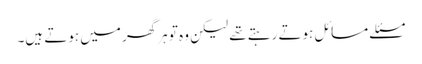
مسئلے مسائل ہوتے رہتے تھے لیکن وہ تو ہرگھر میں ہوتے ہیں۔